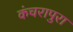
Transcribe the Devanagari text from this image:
कंचरापुरा